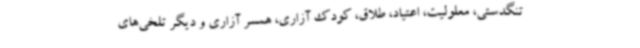
تنگدستی، معلولیت، اعتیاد، طلاق، کودک آزاری، همسر آزاری و دیگر تلخی‌های